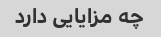
چه مزایایی دارد